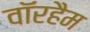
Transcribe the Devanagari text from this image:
वॉरहैम